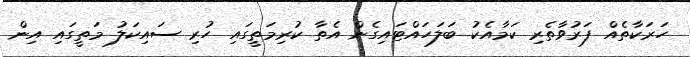
ހަރަކާތެއް ފަރުވާތެރި ކަމާއެކު ބަލަހައްޓައިގެން އެތާ ކުރިމަތީގައި ހުރި ސައިކަލު މަތީގައި އިން